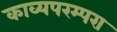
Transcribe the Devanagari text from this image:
काव्यपरम्परा